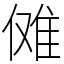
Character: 傩